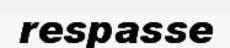
respasse